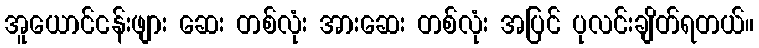
အူယောင်ငန်းဖျား ဆေး တစ်လုံး အားဆေး တစ်လုံး အပြင် ပုလင်းချိတ်ရတယ်။